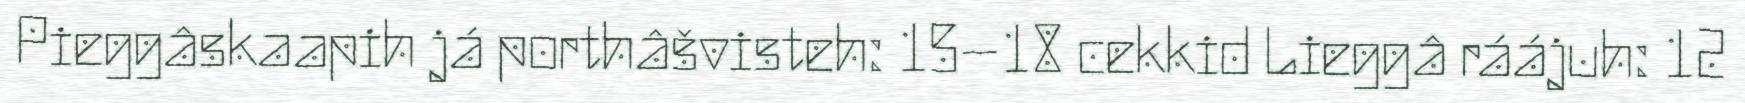
Pieggâskaapih já porthâšvisteh: 15–18 cekkid Lieggâ ráájuh: 12